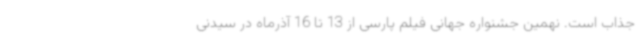
جذاب است. نهمین جشنواره جهانی فیلم پارسی از 13 تا 16 آذرماه در سیدنی